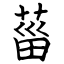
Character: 菑